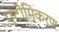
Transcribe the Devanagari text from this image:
एटोमिकरण